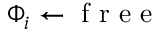
{ \Phi _ { i } } \gets \mathrm { ~ f ~ r ~ e ~ e ~ }